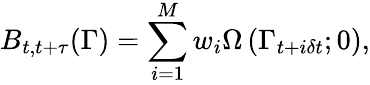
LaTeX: B_{t,t+\tau}(\Gamma)=\sum_{i=1}^{M}w_{i}\Omega\left(\Gamma_{t+i\delta t};0\right),